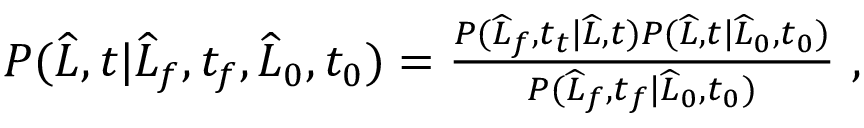
\begin{array} { r } { P ( \widehat { L } , t | \widehat { L } _ { f } , t _ { f } , \widehat { L } _ { 0 } , t _ { 0 } ) = \frac { P ( \widehat { L } _ { f } , t _ { t } | \widehat { L } , t ) P ( \widehat { L } , t | \widehat { L } _ { 0 } , t _ { 0 } ) } { P ( \widehat { L } _ { f } , t _ { f } | \widehat { L } _ { 0 } , t _ { 0 } ) } \ , } \end{array}